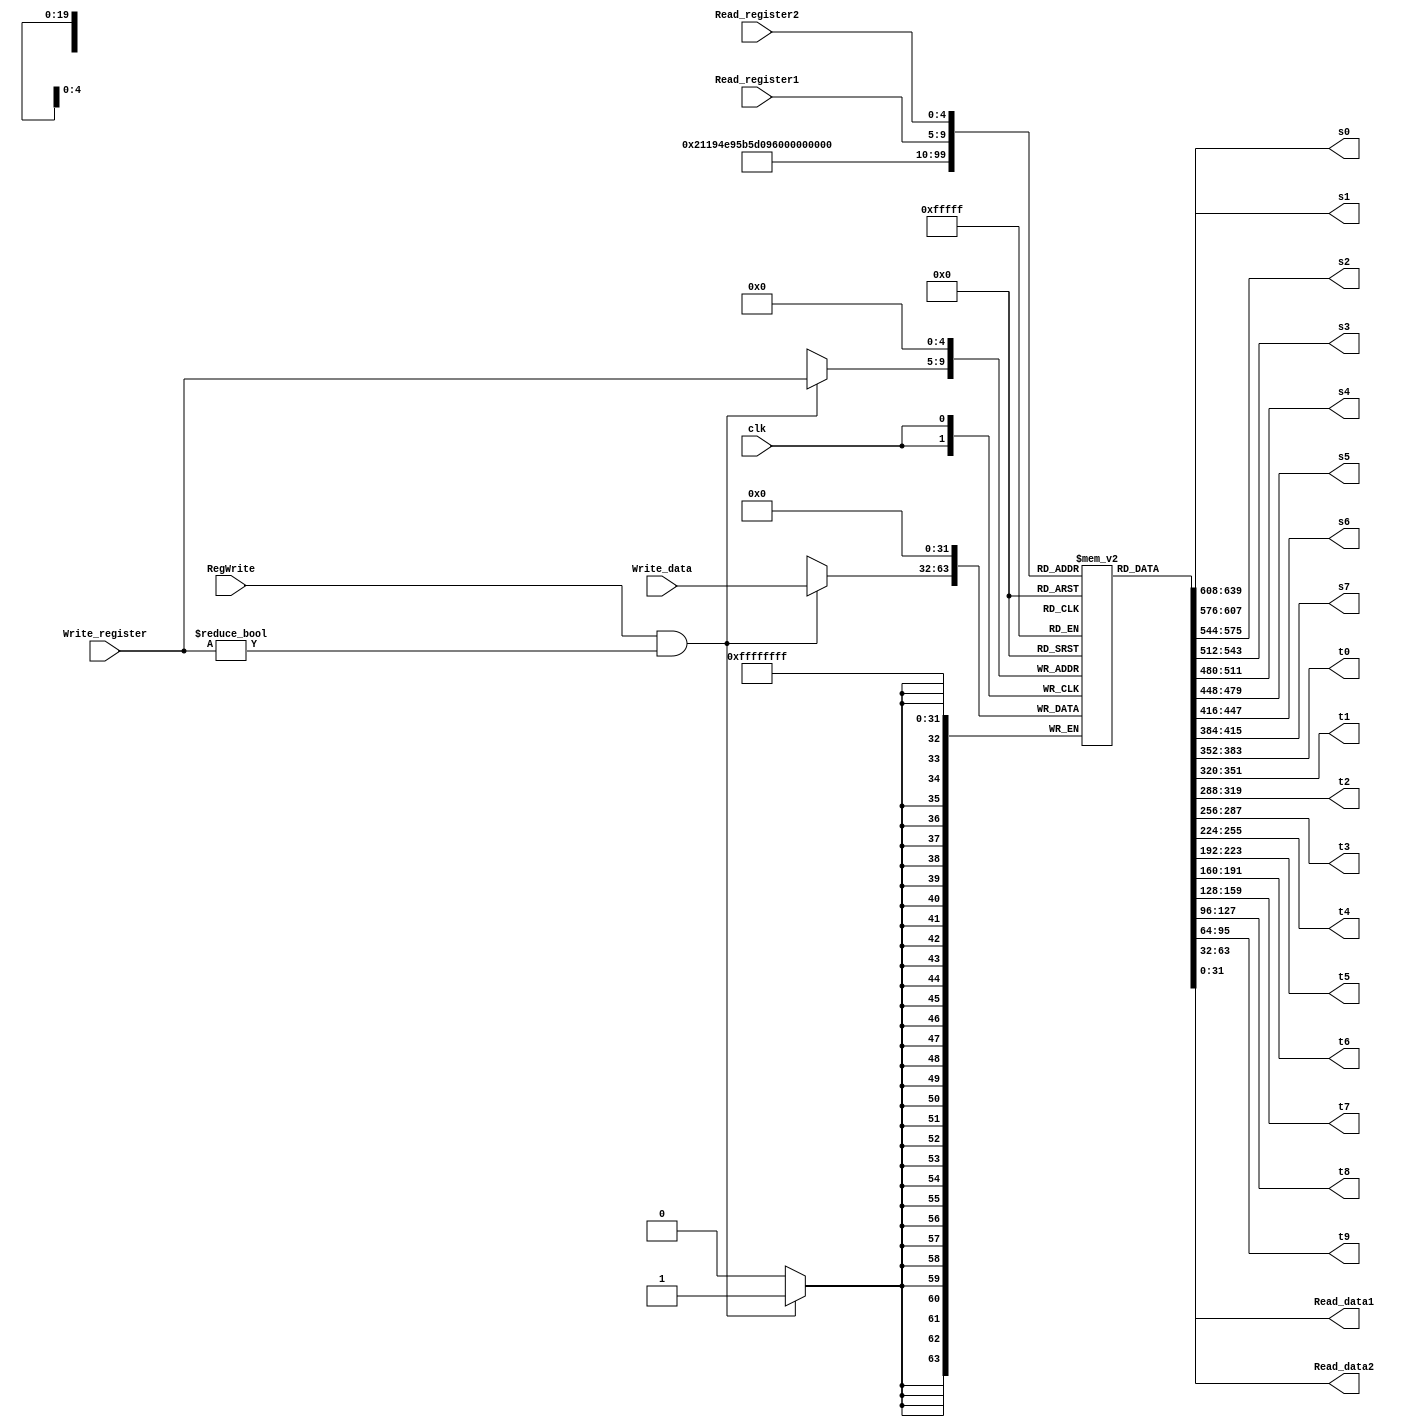
module register_file(s0, s1,
         s2, s3, s4, s5, s6, s7, t0, t1, t2, t3, t4, t5, t6, t7, t8, t9, Read_data1, Read_data2, RegWrite, Read_register1, Read_register2, Write_register, Write_data, clk);
input RegWrite,clk;
input [4:0] Read_register1, Read_register2, Write_register;
input [31:0] Write_data;

output [31:0] Read_data1, Read_data2;

output [31:0]  s0, s1, s2, s3, s4, s5, s6, s7, t0, t1, t2, t3, t4, t5, t6, t7, t8, t9;

reg [31:0] regf [0:31];


wire [31:0] Read_data1, Read_data2;
wire [31:0]  s0, s1, s2, s3, s4, s5, s6, s7, t0, t1, t2, t3, t4, t5, t6, t7, t8, t9;


initial begin
    regf[0] = 0;
    regf[1] = 0;
    regf[2] = 0;
    regf[3] = 0;
    regf[4] = 0;
    regf[5] = 0;
    regf[6] = 0;
    regf[7] = 0;
    regf[8] = 0;
    regf[9] = 0;
    regf[10] = 0;
    regf[11] = 0;
    regf[12] = 0;
    regf[13] = 0;
    regf[14] = 0;
    regf[15] = 0;
    regf[16] = 0;
    regf[17] = 0;
    regf[18] = 0;
    regf[19] = 0;
    regf[20] = 0;
    regf[21] = 0;
    regf[22] = 0;
    regf[23] = 0;
    regf[24] = 0;
    regf[25] = 0;
    regf[26] = 0;
    regf[27] = 0;
    regf[28] = 0;
    regf[29] = 0;
    regf[30] = 0;
    regf[31] = 0;
end

    assign s0=regf[16];
    assign s1=regf[17];
    assign s2=regf[18];
    assign s3=regf[19];
    assign s4=regf[20];
    assign s5=regf[21];
    assign s6=regf[22];
    assign s7=regf[23];
    
    
    assign t0=regf[8];
    assign t1=regf[9];
    assign t2=regf[10];
    assign t3=regf[11];
    assign t4=regf[12];
    assign t5=regf[13];
    assign t6=regf[14];
    assign t7=regf[15];
    assign t8=regf[24];
    assign t9=regf[25];
    
    assign Read_data1=regf[Read_register1];
    assign Read_data2=regf[Read_register2];


always @(negedge clk)
begin
regf[0]=0;
if(RegWrite==1'b1 && Write_register != 0 ) begin
    regf[Write_register]=Write_data;
end
else begin
    ;
end


    
    
end
    
    
endmodule